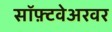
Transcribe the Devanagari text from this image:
सॉफ़्टवेअरवर